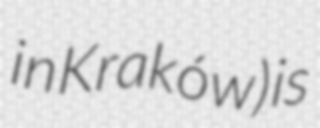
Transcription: in Kraków) is